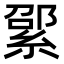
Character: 綤